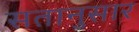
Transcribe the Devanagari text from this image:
सतानुसार